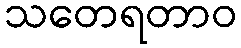
သတေရတာဝ